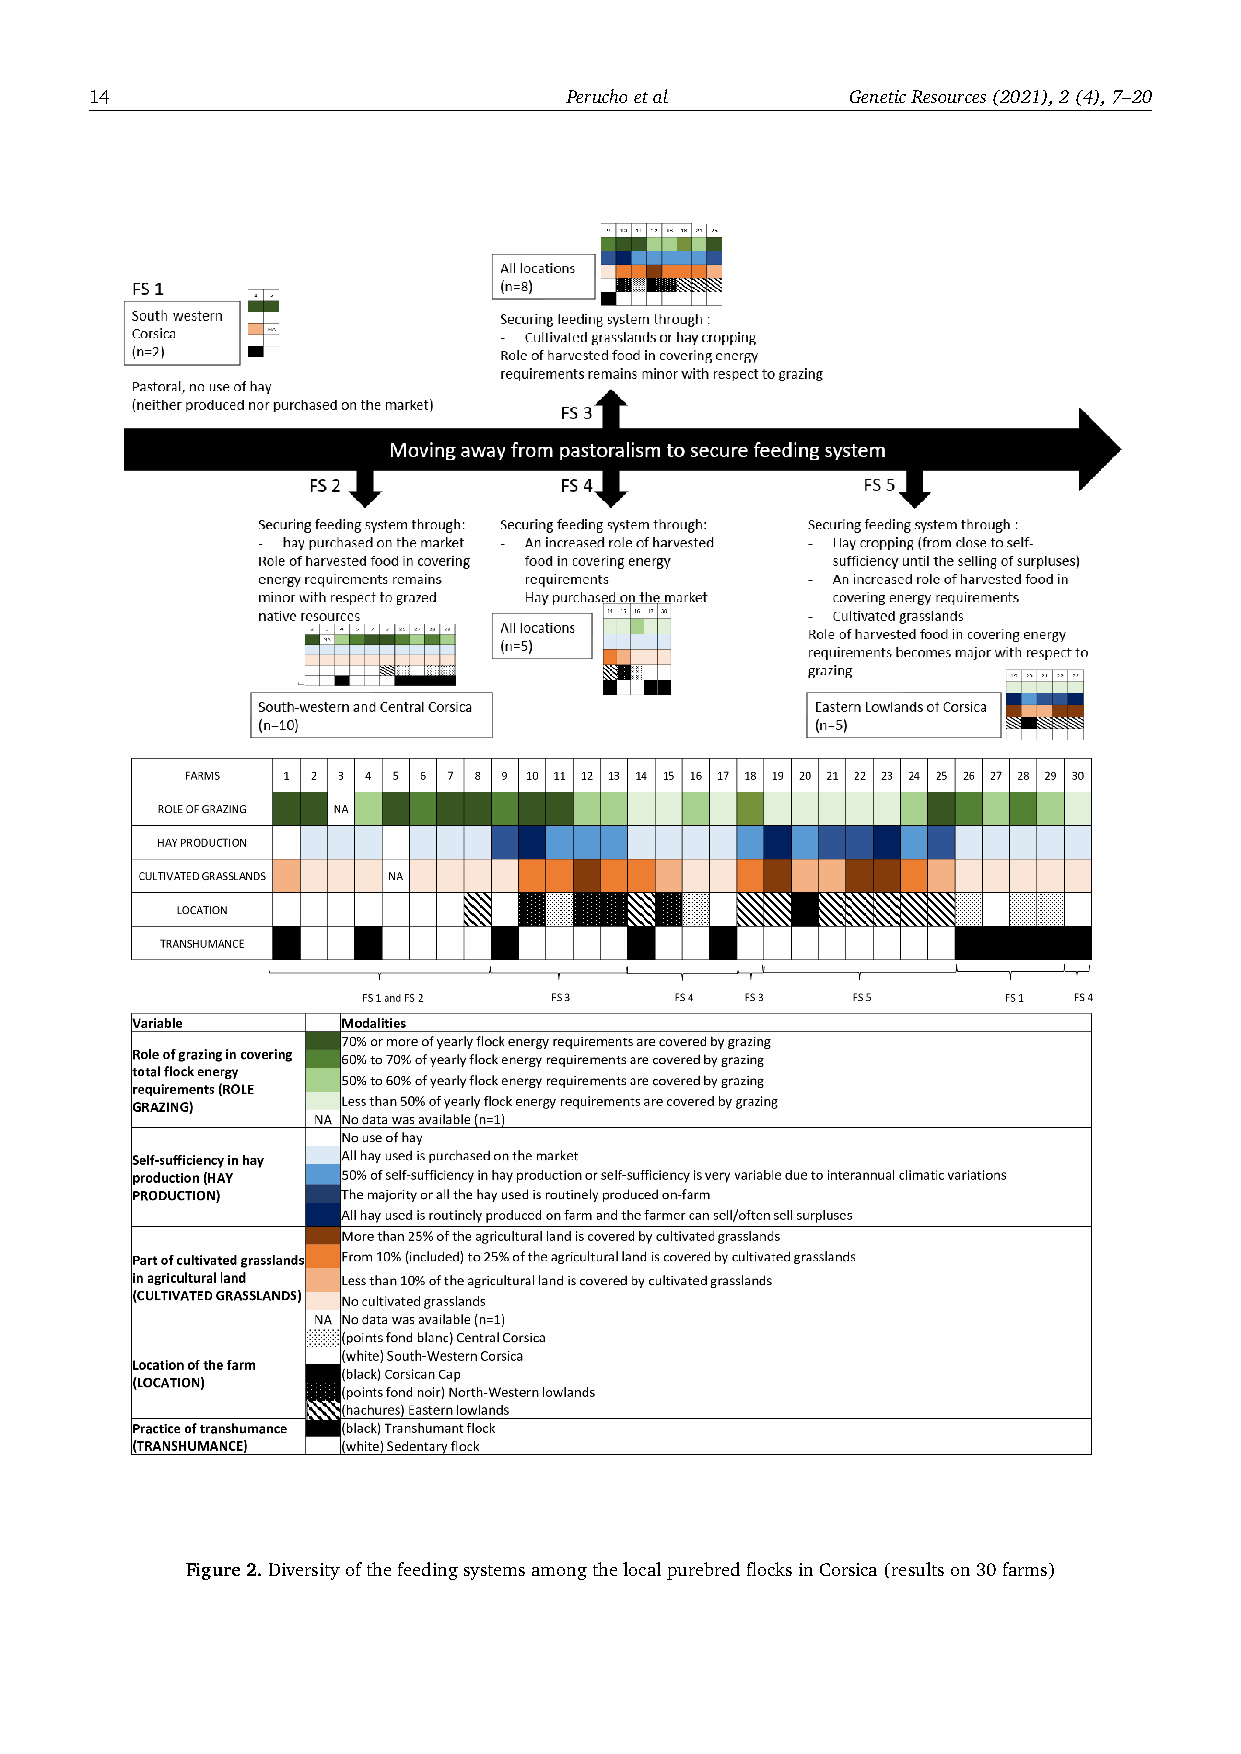
14                              Peruchoetal       GeneticResources(2021),2(4),7–20
 Figure2.DiversityofthefeedingsystemsamongthelocalpurebredflocksinCorsica(resultson30farms)